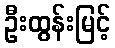
ဦးထွန်းမြင့်